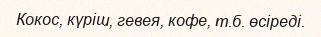
Кокос, күріш, гевея, кофе, т.б. өсіреді.